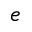
e